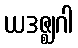
ယဒဇ္ဈဂါ